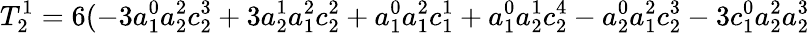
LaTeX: T_{2}^{1}=6(-3a_{1}^{0}a_{2}^{2}c_{2}^{3}+3a_{2}^{1}a_{1}^{2}c_{2}^{2}+a_{1}^{0}a_{1}^{2}c_{1}^{1}+a_{1}^{0}a_{2}^{1}c_{2}^{4}-a_{2}^{0}a_{1}^{2}c_{2}^{3}-3c_{1}^{0}a_{2}^{2}a_{2}^{3}